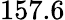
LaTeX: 157.6